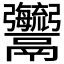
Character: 𩱱